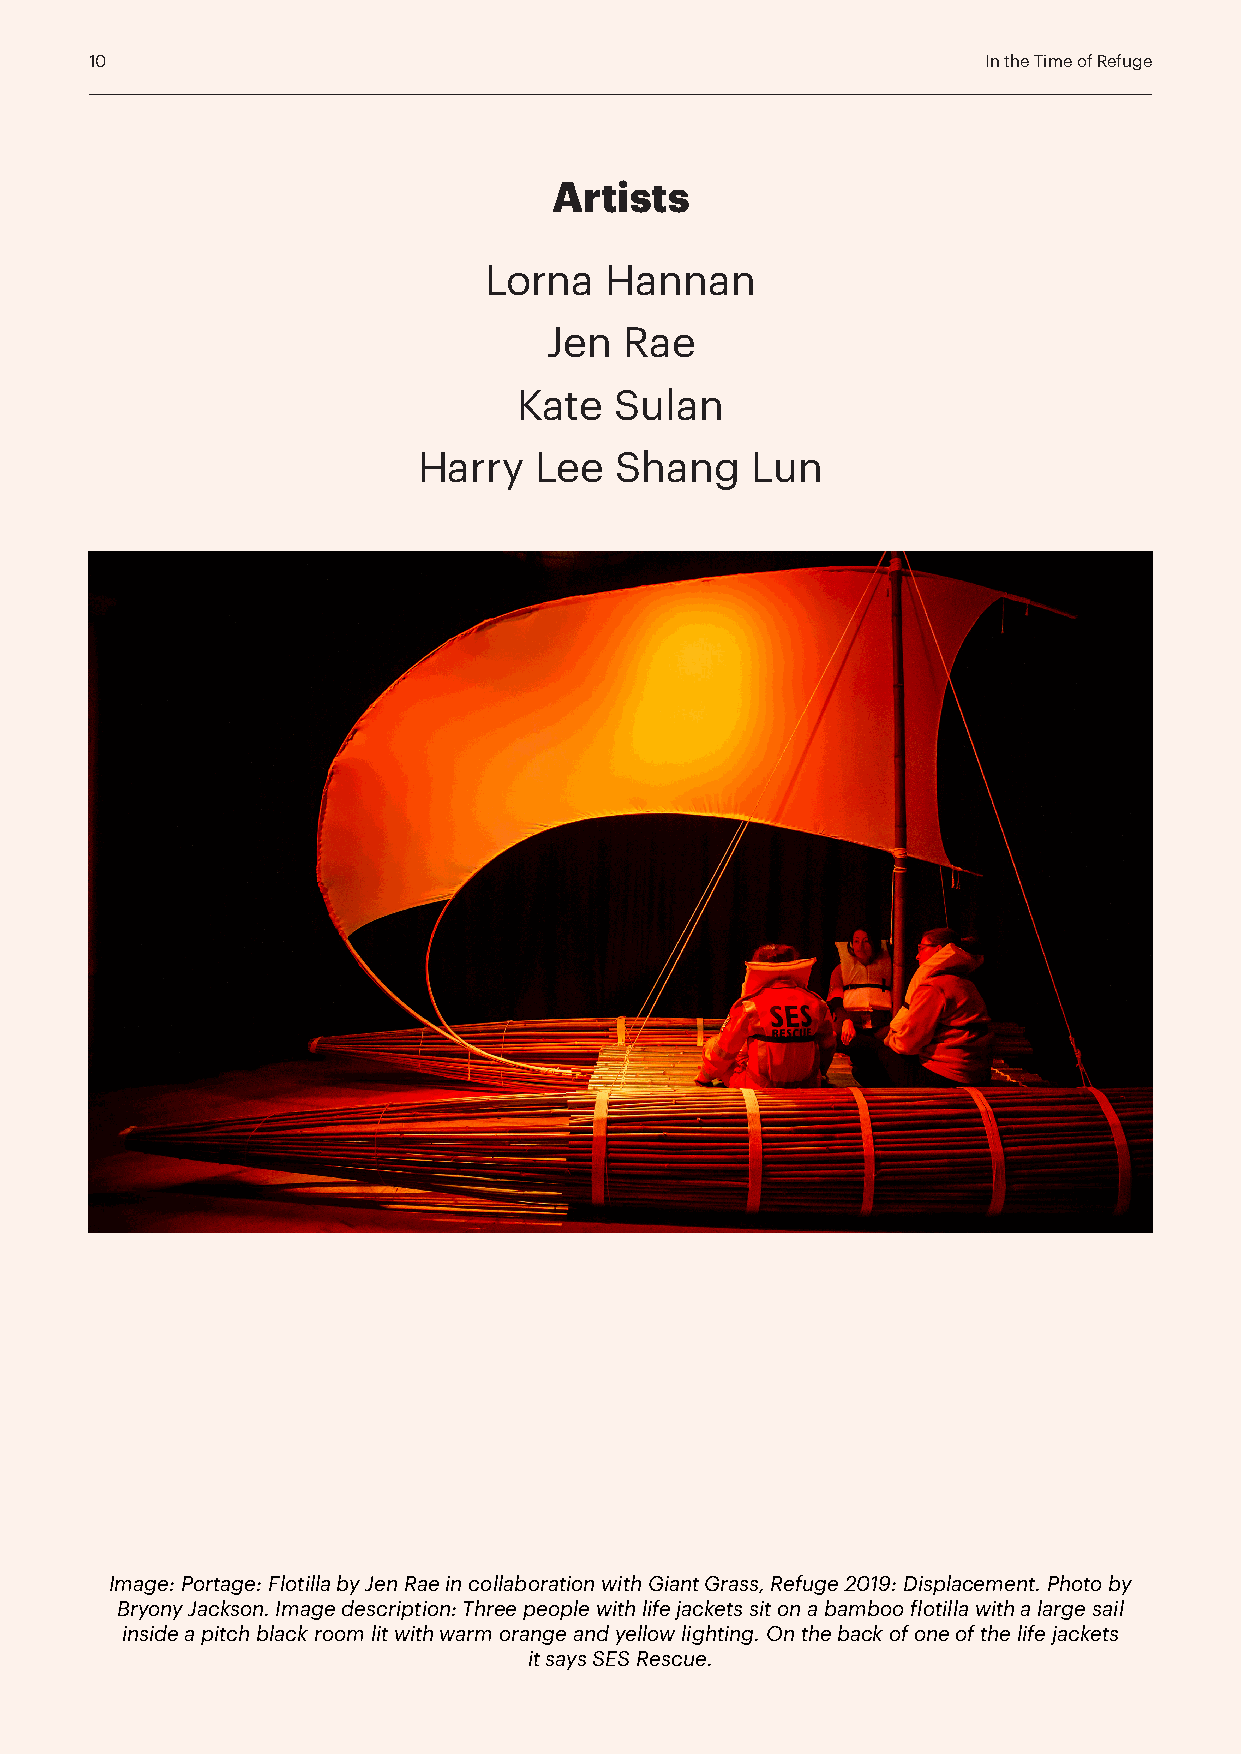
10                                                         In the Time of Refuge
 Artists
 Lorna   Hannan
 Jen  Rae
 Kate   Sulan
 Harry  Lee   Shang    Lun
 Image: Portage: Flotilla by Jen Rae in collaboration with Giant Grass, Refuge 2019: Displacement. Photo by
 Bryony Jackson. Image description: Three people with life jackets sit on a bamboo flotilla with a large sail
 inside a pitch black room lit with warm orange and yellow lighting. On the back of one of the life jackets
 it says SES Rescue.